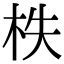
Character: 柣